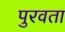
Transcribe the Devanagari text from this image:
पुरवता